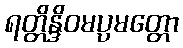
ရတ္တိန္ဒိဝမပ္ပမတ္တော